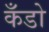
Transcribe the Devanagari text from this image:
कँडो